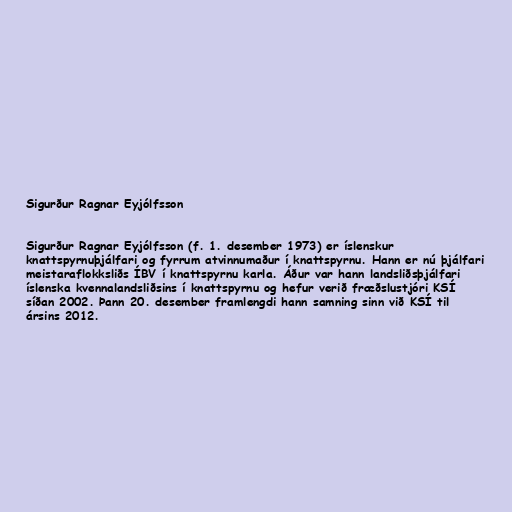
Sigurður Ragnar Eyjólfsson

Sigurður Ragnar Eyjólfsson (f. 1. desember 1973) er íslenskur
knattspyrnuþjálfari og fyrrum atvinnumaður í knattspyrnu. Hann er nú þjálfari
meistaraflokksliðs ÍBV í knattspyrnu karla. Áður var hann landsliðsþjálfari
íslenska kvennalandsliðsins í knattspyrnu og hefur verið fræðslustjóri KSÍ
síðan 2002. Þann 20. desember framlengdi hann samning sinn við KSÍ til
ársins 2012.